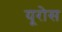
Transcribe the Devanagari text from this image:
यूरोस